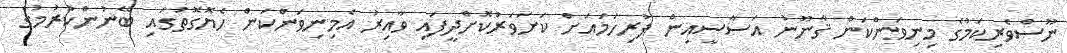
ނޫސްވެރިކަމުގެ މިނިވަންކަން ޤާނޫނު އަސާސީއިން ފުރިހަމައަށް ކަށަވަރުކޮށްދީފައި ވާއިރު އެމިނިވަންކަން ހެޔޮގޮތުގައި ބޭނުންކުރުމުގެ